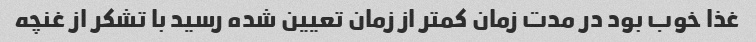
غذا خوب بود در مدت زمان کمتر از زمان تعیین شده رسید با تشکر از غنچه